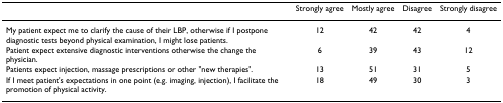
|  | Strongly agree | Mostly agree | Disagree | Strongly disagree |
 | --- | --- | --- | --- | --- |
 | My patient expect me to clarify the cause of their LBP, otherwise if I postpone diagnostic tests beyond physical examination, I might lose patients. | 12 | 42 | 42 | 4 |
 | Patient expect extensive diagnostic interventions otherwise the change the physician. | 6 | 39 | 43 | 12 |
 | Patients expect injection, massage prescriptions or other "new therapies". | 13 | 51 | 31 | 5 |
 | If I meet patient's expectations in one point (e.g. imaging, injection), I facilitate the promotion of physical activity. | 18 | 49 | 30 | 3 |